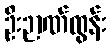
ဦးဉာဏ်ထွန်း